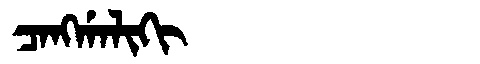
Manchu: ᠴᠠᠩᡤᠠᠯᡳᡴᡳ
Romanization: CANGGALIKI